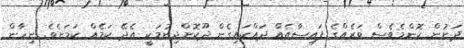
ދަށުން ކޮންމެވެސް ވަރެއްގެ ފައިސާއެއް ދައްކައިގެން ދޫކޮށްދިނުމަކީ އެދޭ ކަމެއް ކަމަށެވެ. ނިހާން